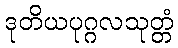
ဒုတိယပုဂ္ဂလသုတ္တံ